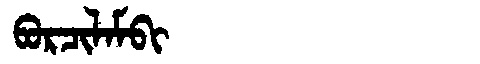
Manchu: ᠪᠣᡵᠴᡳᠯᠠᠮᠪᡳ
Romanization: BORCILAMBI